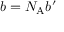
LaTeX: b = N _ { \mathrm { A } } b ^ { \prime }